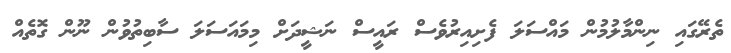
ތެރޭގައި ނިންމާލުމުން މައްސަލަ ފެށިއިރުވެސް ރައީސް ނަޝީދަށް މިމައަސަލަ ސާބިތުވުން ނޫން ގޮތެއް